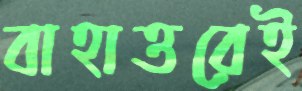
বাহাত্তরেই